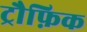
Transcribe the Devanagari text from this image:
ट्रौफ़िक